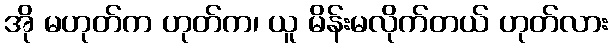
အို မဟုတ်က ဟုတ်က၊ ယူ မိန်းမလိုက်တယ် ဟုတ်လား